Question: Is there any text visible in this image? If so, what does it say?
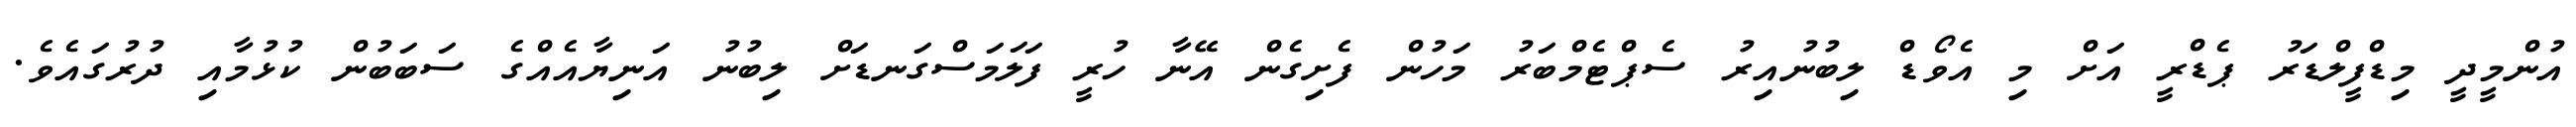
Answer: އުންމީދީ މިޑްފީލްޑަރު ޕެޑްރީ އަށް މި އެވޯޑް ލިބުނުއިރު ސެޕްޓެމްބަރު މަހުން ފެށިގެން އޭނާ ހުރީ ފަލަމަސްގަނޑަށް ލިބުނު އަނިޔާއެއްގެ ސަބަބުން ކުޅުމާއި ދުރުގައެވެ.